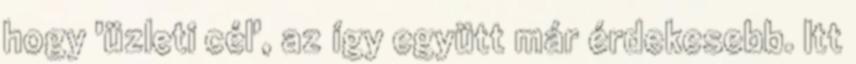
hogy 'üzleti cél', az így együtt már érdekesebb. Itt